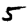
Digit: 5